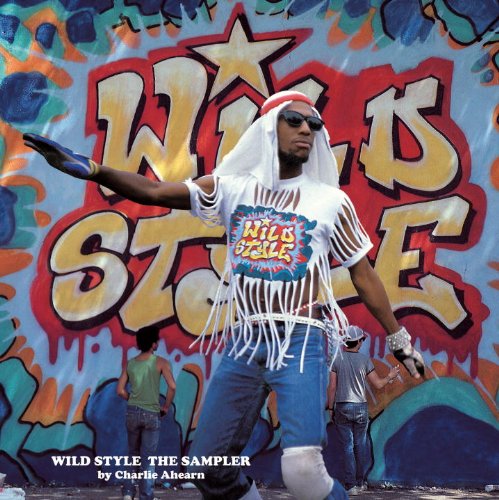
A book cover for Wild Style: The Sampler; Charlie Ahearn; Humor & Entertainment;